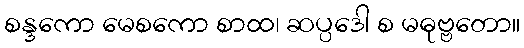
စန္ဒကော မေစကော စာထ၊ ဆပ္ပဒေါ စ မဓုဗ္ဗတော။